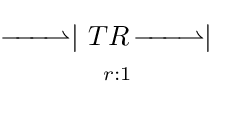
{\begin{matrix}{\overset {\textstyle }{{\underset {\textstyle }{\!\!\!-\!\!\!-\!\!\!-\!\!\!\rightharpoonup }}|}}\ TR\ \ {\overset {\textstyle }{\underset {\textstyle }{\!\!\!-\!\!\!-\!\!\!-\!\!\!\rightharpoonup }}}|\ \\^{r:1}\end{matrix}}